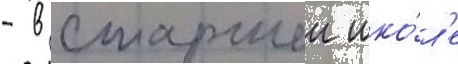
- в старшеи шко́л'е